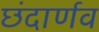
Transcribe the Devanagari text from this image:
छंदार्णव